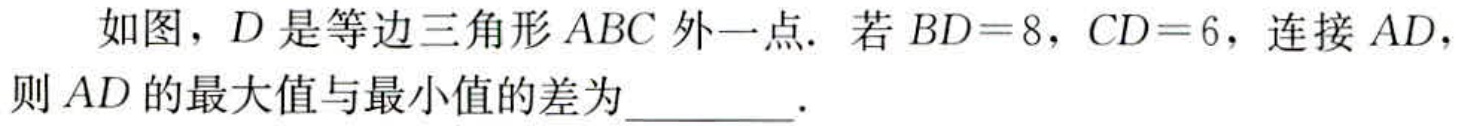
如图，\(D\)是等边三角形\(ABC\)外一点. 若\(BD = 8\)，\(CD = 6\)，连接\(AD\)，则\(AD\)的最大值与最小值的差为  .